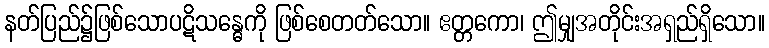
နတ်ပြည်၌ဖြစ်သောပဋိသန္ဓေကို ဖြစ်စေတတ်သော။ ဧတ္တကော၊ ဤမျှအတိုင်းအရှည်ရှိသော။